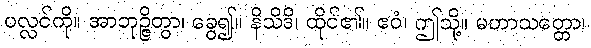
ပလ္လင်ကို။ အာဘုဉ္ဇိတွာ၊ ခွေ၍။ နိသိဒိ၊ ထိုင်၏။ ဧဝံ၊ ဤသို့။ မဟာသတ္တော၊